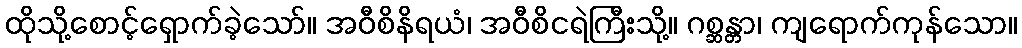
ထိုသို့စောင့်ရှောက်ခဲ့သော်။ အဝီစိနိရယံ၊ အဝီစိငရဲကြီးသို့။ ဂစ္ဆန္တာ၊ ကျရောက်ကုန်သော။